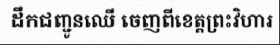
ដឹកជញ្ជូនឈើ ចេញពីខេត្តព្រះវិហារ